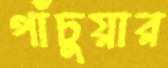
পাঁচুয়ার